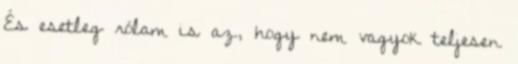
És esetleg rólam is az, hogy nem vagyok teljesen